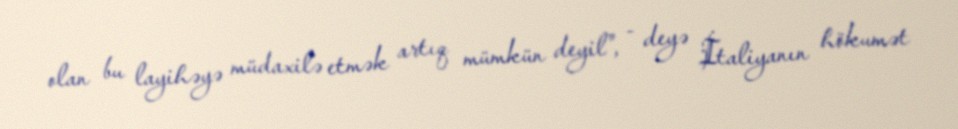
olan bu layihəyə müdaxilə etmək artıq mümkün deyil", - deyə İtaliyanın hökumət